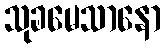
သုခမေသာနော